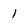
Character: l